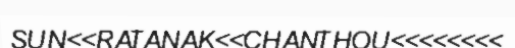
SUN<<RATANAK<<CHANTHOU<<<<<<<<